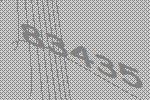
83435